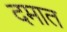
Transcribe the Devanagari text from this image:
दमात